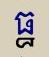
ធ្ធ